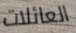
العائلات